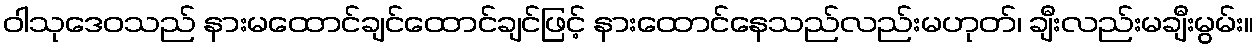
ဝါသုဒေဝသည် နားမထောင်ချင်ထောင်ချင်ဖြင့် နားထောင်နေသည်လည်းမဟုတ်၊ ချီးလည်းမချီးမွမ်း။